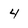
Character: 4